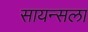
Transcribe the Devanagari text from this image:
सायन्सला